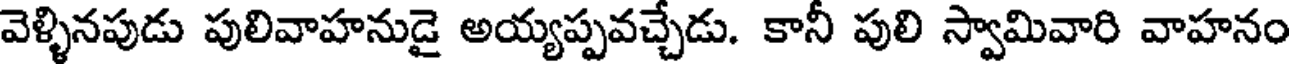
వెళ్ళినపుడు పులివాహనుడై అయ్యప్పవచ్చేడు. కానీ పులి స్వామివారి వాహనం